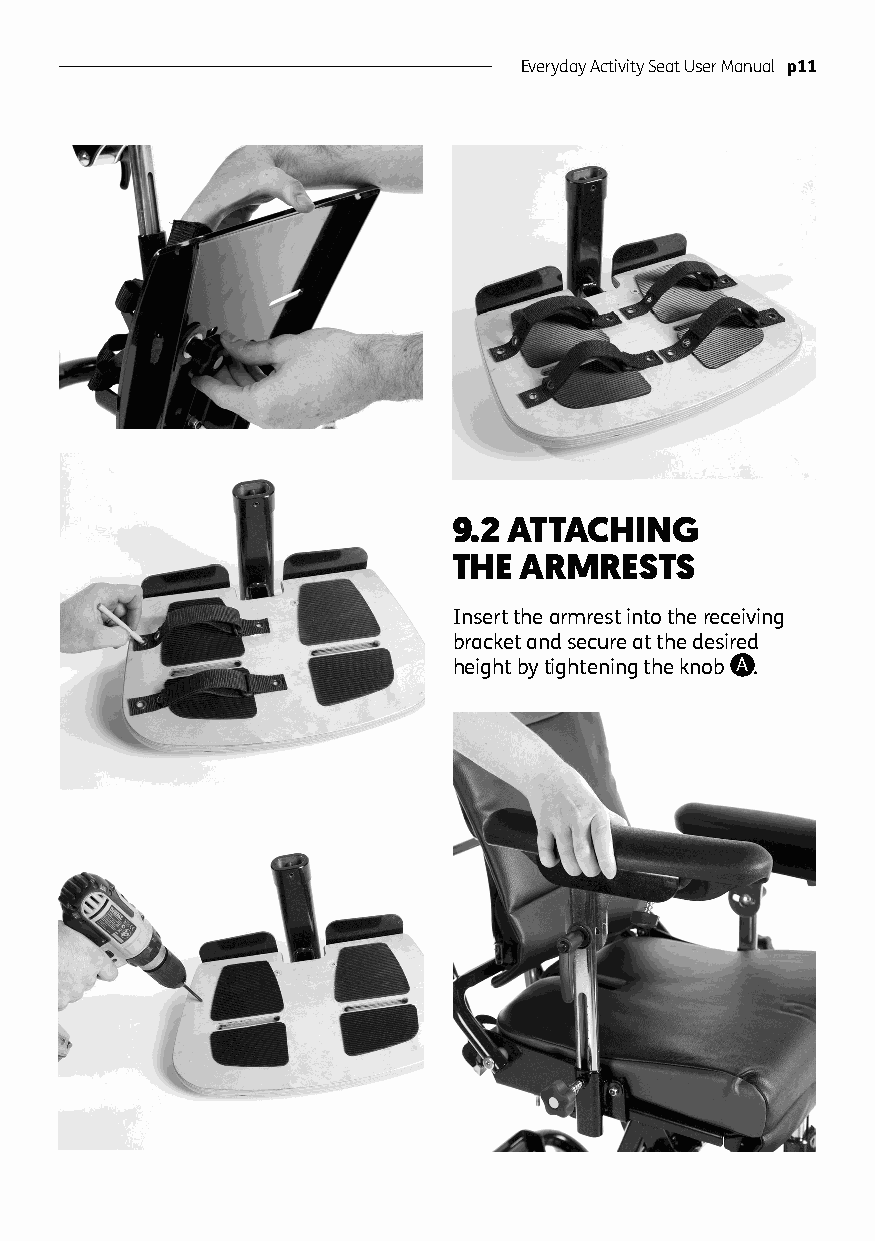
Everyday Activity Seat User Manual p11
 9.2 ATTACHING
 THE ARMRESTS
 Insert the armrest into the receiving
 bracket and secure at the desired
 height by tightening the knob A .